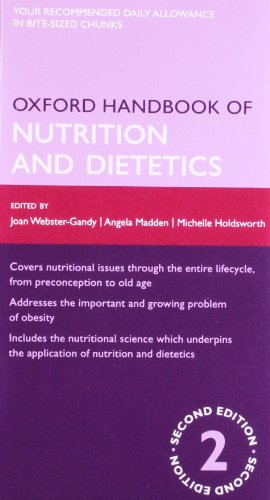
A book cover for Oxford Handbook of Nutrition and Dietetics; Joan Gandy; Medical Books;